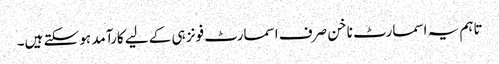
تاہم یہ اسمارٹ ناخن صرف اسمارٹ فونز ہی کے لیے کارآمد ہو سکتے ہیں۔